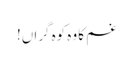
غم کا وہ کوہ گراں!